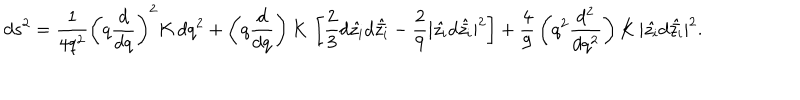
d s ^ { 2 } = { \frac { 1 } { 4 q ^ { 2 } } } \left( q { \frac { d } { d q } } \right) ^ { 2 } K \, d q ^ { 2 } + \left( q { \frac { d } { d q } } \right) K \, \left[ { \frac { 2 } { 3 } } d \hat { z _ { i } } d \hat { \bar { z _ { i } } } - { \frac { 2 } { 9 } } | \hat { z _ { i } } d \hat { \bar { z _ { i } } } | ^ { 2 } \right] + { \frac { 4 } { 9 } } \left( q ^ { 2 } { \frac { d ^ { 2 } } { d q ^ { 2 } } } \right) K \, | \hat { z _ { i } } d \hat { \bar { z _ { i } } } | ^ { 2 } .